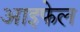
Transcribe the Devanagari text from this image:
आइफेल